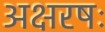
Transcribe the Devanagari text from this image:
अक्षरषः